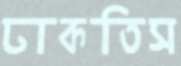
ঢাকতিস